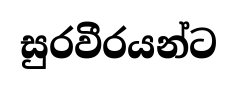
සුරවීරයන්ට